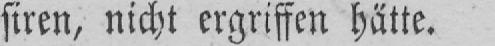
siren, nicht ergriffen hätte.